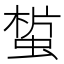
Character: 𧎀